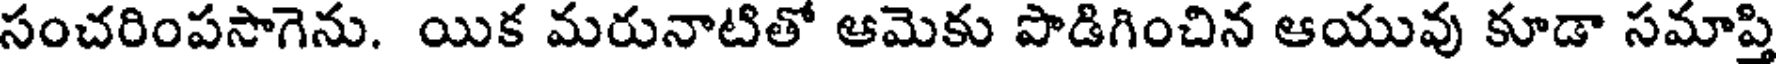
సంచరింపసాగెను. యిక మరునాటితో ఆమెకు పొడిగించిన ఆయువు కూడా సమాప్తి